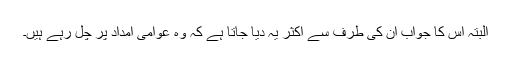
البتہ اس کا جواب ان کی طرف سے اکثر یہ دیا جاتا ہے کہ وہ عوامی امداد پر چل رہے ہیں۔